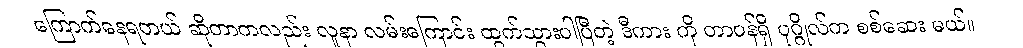
ကြောက်နေရတယ် ဆိုတာကလည်း လူနာ လမ်းကြောင်း ထွက်သွားပါပြီတဲ့ ဒီကား ကို တာဝန်ရှိ ပုဂ္ဂိုလ်က စစ်ဆေး မယ်။